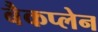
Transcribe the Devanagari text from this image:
बैकप्लेन